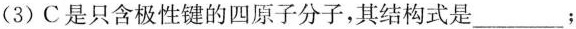
(3)C是只含极性键的四原子分子，其结构式是___；